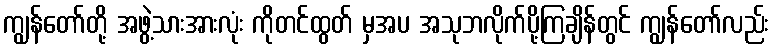
ကျွန်တော်တို့ အဖွဲ့သားအားလုံး ကိုတင်ထွတ် မှအပ အသုဘလိုက်ပို့ကြချိန်တွင် ကျွန်တော်လည်း